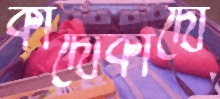
কাঁদোকাঁদো